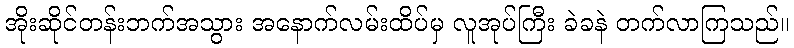
အိုးဆိုင်တန်းဘက်အသွား အနောက်လမ်းထိပ်မှ လူအုပ်ကြီး ခဲခနဲ တက်လာကြသည်။